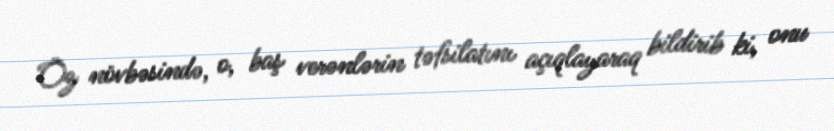
Öz növbəsində, o, baş verənlərin təfsilatını açıqlayaraq bildirib ki, onu